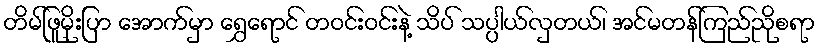
တိမ်ဖြူမိုးပြာ အောက်မှာ ရွှေရောင် တဝင်းဝင်းနဲ့ သိပ် သပ္ပါယ်လှတယ်၊ အင်မတန်ကြည်ညိုစရာ